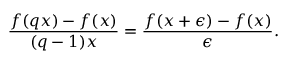
{ \frac { f ( q x ) - f ( x ) } { ( q - 1 ) x } } = { \frac { f ( x + \epsilon ) - f ( x ) } { \epsilon } } .